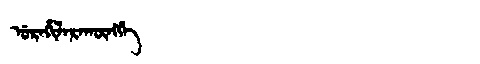
Manchu: ᡠᡵᠠᡥᡳᠯᠠᡵᠠᡴᡡᠩᡤᡝ
Romanization: URAHILARAKŪNGGE